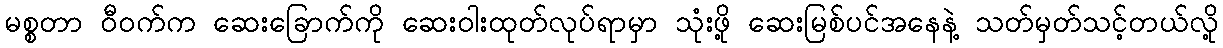
မစ္စတာ ဝီဝက်က ဆေးခြောက်ကို ဆေးဝါးထုတ်လုပ်ရာမှာ သုံးဖို့ ဆေးမြစ်ပင်အနေနဲ့ သတ်မှတ်သင့်တယ်လို့